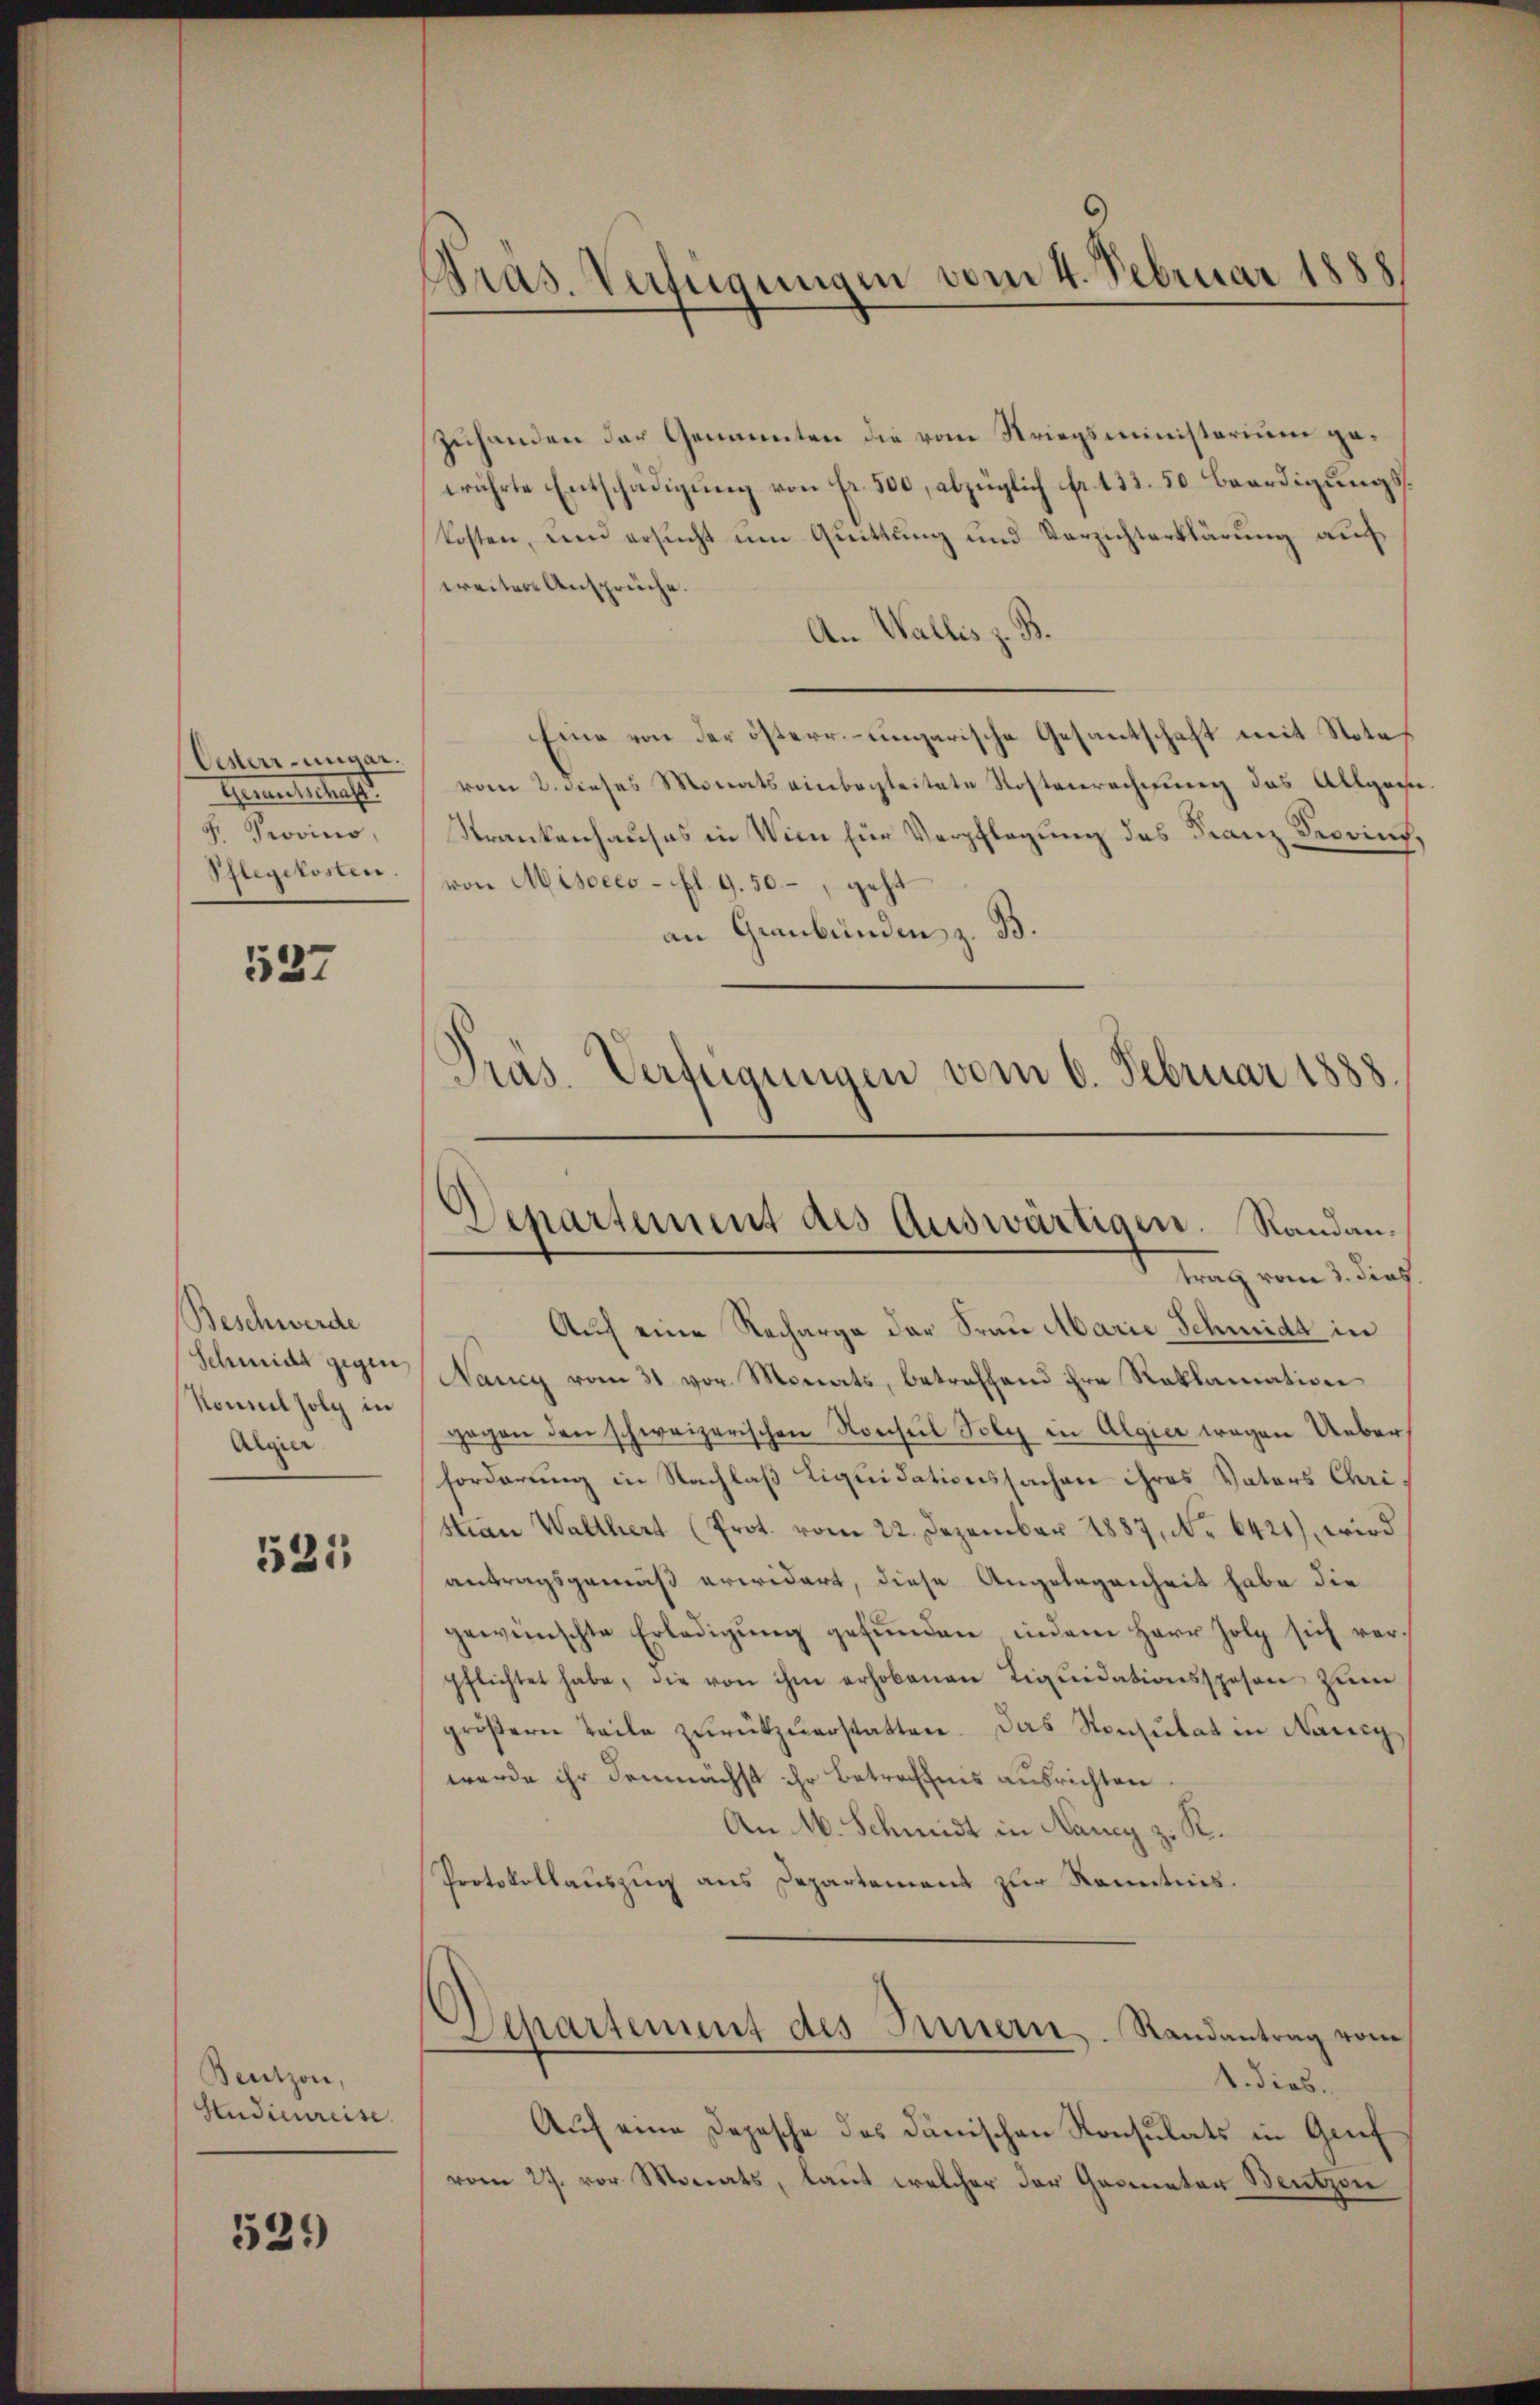
Oesterr-ungar.
Genantschaft
F. Provino,
Pflegekosten.

537

Beschwerde
Schmide gegen
Konseil folg in
Algier

525

Bentzon,
Studienreise.

529)

Pras. Verfügungen vom 4. Februar 1888

zuhanden der Genannten die vom Kriegsministerium geerührte Entschädigung von fr. 500, abzüglich Fr. 133. 50 Beerdigungskosten, um ersucht um Quittung und Verzichterklärung auf
weitere Ansprüche.
An Wallis z. B.
Eine von der österr.-ungarische Gesantschaft mit Note
vom 2. dieses Monats einbegleitete Kostenrechnung des Allges.
Strankenhauses in Wien für Verpflegung des Franz Provins,
von Miscees-fl. 9. 50.-, geht
an Graubünden z. B.
Pras. Verfügungen vom 6. Februar 1888.

Departement des Auswärtigen. Randantrag vom 3. dies

Auf eine Recharge der Frau Marie Schmidt in
Nancy vom 31. vor Monats, betreffend ihre Reklamation
gegen den schweizerischen Konseil Poly in Algier wegen Ueber-
forderung in Nachlaß Liquidationssachen ihres Vaters Christian Walthert (Prot. vom 22. Dezember 1887, No 6421), wird
antragsgemäß erwidert, diese Angelegenheit habe die
gewünschte Erledigŭng gefŭnden indem Herr Holz sich ver-
pflichtet habe, die von ihm erhobenen Liqŭidationsspesen zŭm
gröβerer Teile zŭrückzuerstatten. Das Konsulat in Nanig
werde ihr demnächst ihr Betreffnis ausrichten.
An M. Schmidt in Nancy z. R.
Protokollauszug aus Departement zur Kenntnis.
Departement des Innern. Randantrag vom
1. dies
Auf eine Depesche des Dänischen Konsulats in Grif
vom 27. vor. Monats, laut welcher der Gasmater Beutzen